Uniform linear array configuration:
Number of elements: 12
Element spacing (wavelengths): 0.5
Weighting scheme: hann
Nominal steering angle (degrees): -60
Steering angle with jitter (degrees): -59.947
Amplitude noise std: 0.05
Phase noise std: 0.05

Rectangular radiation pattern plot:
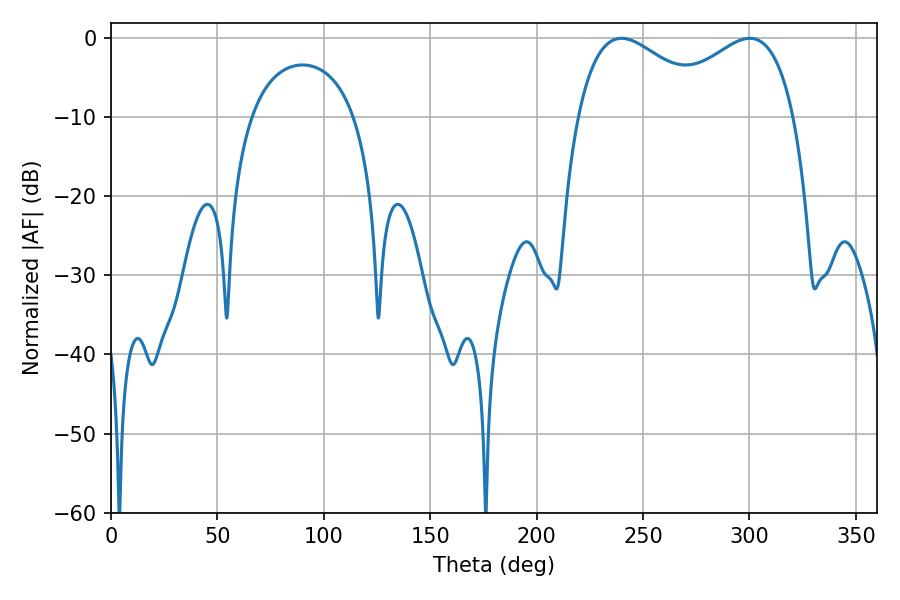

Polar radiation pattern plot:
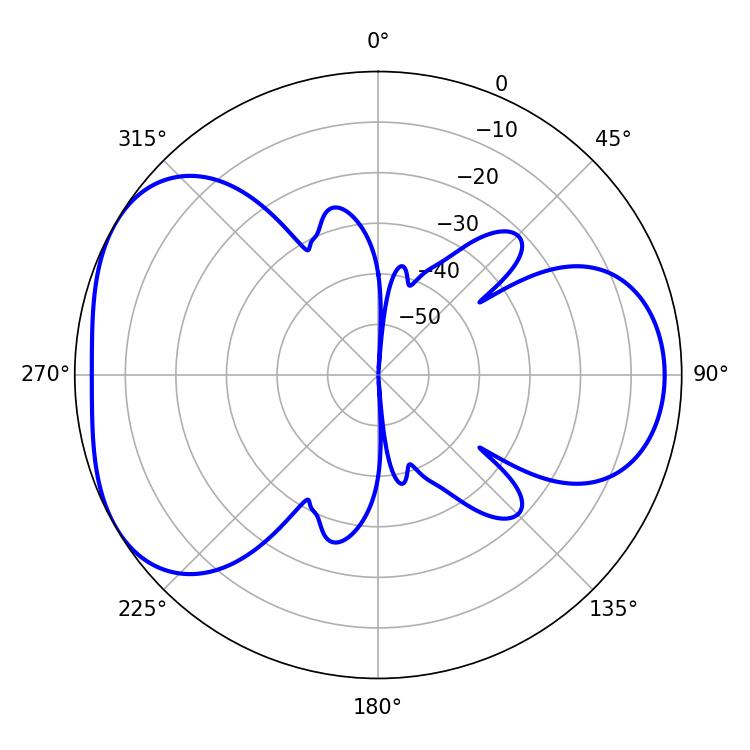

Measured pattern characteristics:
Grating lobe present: FALSE
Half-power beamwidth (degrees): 35.82
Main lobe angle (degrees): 239.94